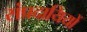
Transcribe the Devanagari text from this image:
संप्रदायियों